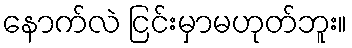
နောက်လဲ ငြင်းမှာမဟုတ်ဘူး။